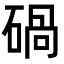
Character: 碢